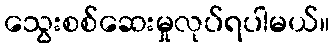
သွေးစစ်ဆေးမှုလုပ်ရပါမယ်။